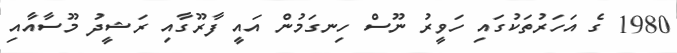
1980 ގެ އަހަރުތަކުގައި ހަވީރު ނޫސް ހިނގަމުން އައީ ފާރޫގާއި ރަޝީދު މޫސާއާއި